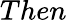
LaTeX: Then